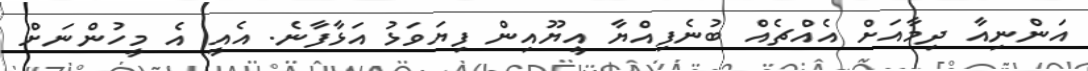
އަންނިއާ ދިމާއަށް އެއްޗެއް ބުނެފިއްޔާ އީޔޫއިން ފިޔަވަޅު އަޅާފާނެ. އެއީ އެ މީހުންނަށް